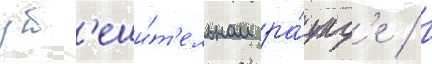
ут'еши́т'ельном ра́унд'е / в